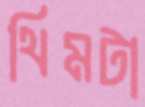
থিমটা